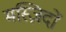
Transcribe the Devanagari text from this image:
मस्ज़िदों